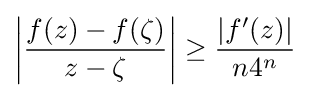
\left|{\frac {f(z)-f(\zeta )}{z-\zeta }}\right|\geq {\frac {|f'(z)|}{n4^{n}}}